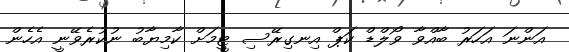
އަންނަ އަހަރު ބާއްވާ ވޯލްޑް ކަޕް އިނގިރޭސި ޓީމަށް ކާމިޔާބު ނުކުރެވޭނީ އެހެން